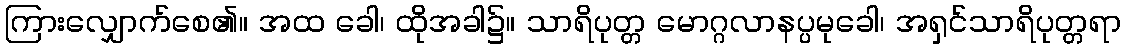
ကြားလျှောက်စေ၏။ အထ ခေါ၊ ထိုအခါ၌။ သာရိပုတ္တ မောဂ္ဂလာနပ္ပမုခေါ၊ အရှင်သာရိပုတ္တရာ